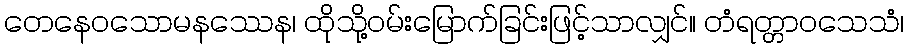
တေနေဝသောမနဿေန၊ ထိုသို့ဝမ်းမြောက်ခြင်းဖြင့်သာလျှင်။ တံရတ္တာဝသေသံ၊